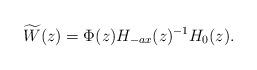
LaTeX: \begin{align*}\widetilde{W}(z) = \Phi(z) H_{-ax}(z)^{-1}H_{0}(z).\end{align*}